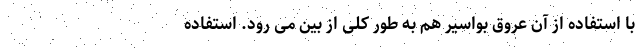
با استفاده از آن عروق بواسیر هم به طور کلی از بین می رود. استفاده